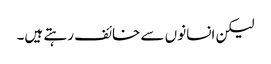
لیکن انسانوں سے خائف رہتے ہیں۔